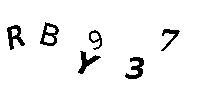
RBY937